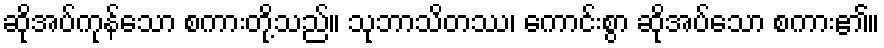
ဆိုအပ်ကုန်သော စကားတို့သည်။ သုဘာသိတဿ၊ ကောင်းစွာ ဆိုအပ်သော စကား၏။